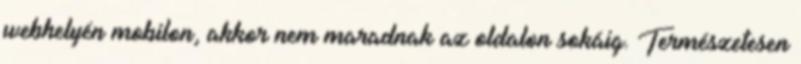
webhelyén mobilon, akkor nem maradnak az oldalon sokáig. Természetesen